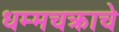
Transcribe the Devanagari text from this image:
धम्मचक्राचे